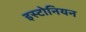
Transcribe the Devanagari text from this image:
इस्टोनियन